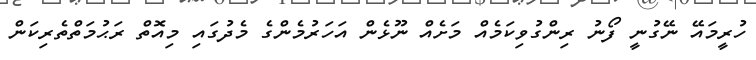
ހުރީމައޭ ނޭގުނީ ފޯނު ރިންގުވިކަމެއް މަށެއް ނޫޅެން އަހަރުމެންގެ މެދުގައި މިއޮތް ރަޙުމަތްތެރިކަން